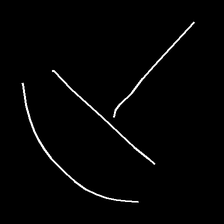
Glyph: dispersion